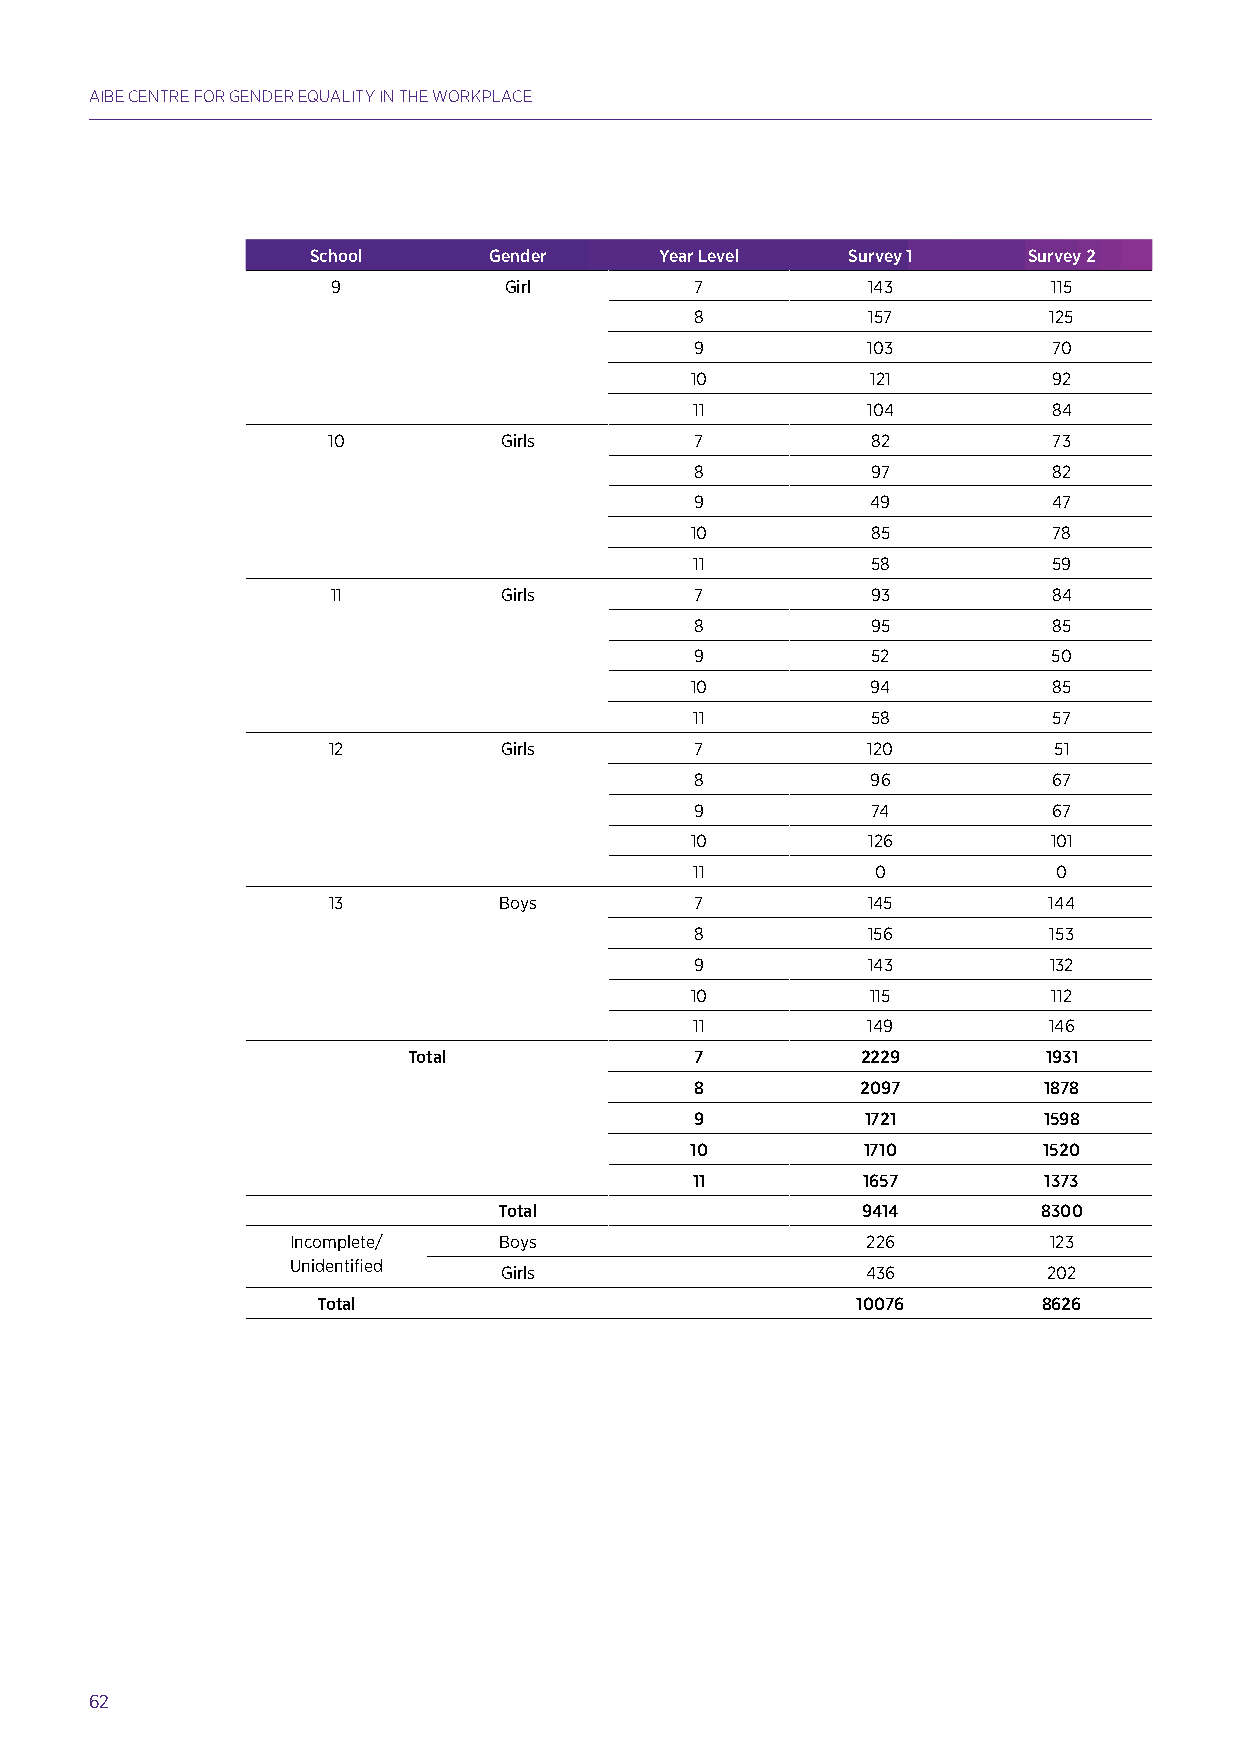
AIBE CENTRE FOR GENDER EQUALITY IN THE WORKPLACE
 School     Gender      Year Level  Survey 1    Survey 2
 9          Girl         7          143          115
 8          157         125
 9          103          70
 10          121         92
 11         104          84
 10         Girls        7           82          73
 8           97          82
 9           49          47
 10          85          78
 11          58          59
 11         Girls        7           93          84
 8           95          85
 9           52          50
 10          94          85
 11          58          57
 12         Girls        7          120          51
 8           96          67
 9           74          67
 10         126          101
 11          0           0
 13         Boys         7          145         144
 8          156         153
 9          143         132
 10          115         112
 11         149         146
 Total              7          2229        1931
 8          2097        1878
 9          1721        1598
 10         1710        1520
 11         1657        1373
 Total                   9414        8300
 Incomplete/   Boys                    226         123
 Unidentified
 Girls                   436         202
 Total                               10076       8626
 62